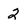
Character: 2